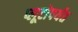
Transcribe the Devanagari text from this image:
प्लूटोपर्यंत